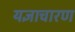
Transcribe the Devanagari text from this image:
यज्ञाचारण